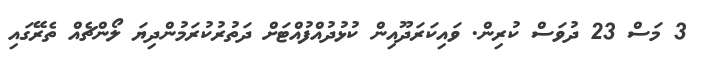
3 މަސް 23 ދުވަސް ކުރިން. ވައިކަރަދޫއިން ކުޅުދުއްފުއްޓަށް ދަތުރުކުރަމުންދިޔަ ލޯންޗެއް ތެރޭގައި